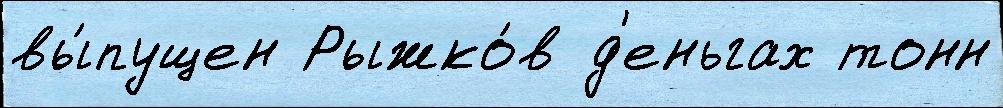
вы́пущен Рыжко́в д'еньгах тонн